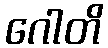
ဂေါတိ